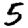
Digit: 5